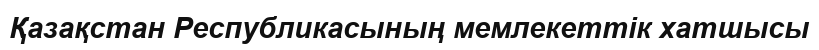
Қазақстан Республикасының мемлекеттік хатшысы